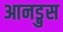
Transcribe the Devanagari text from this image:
आनड्रुस